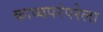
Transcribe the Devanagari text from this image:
काव्यपरंपरेला